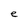
Character: e